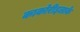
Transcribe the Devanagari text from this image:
काकोरीइलाके